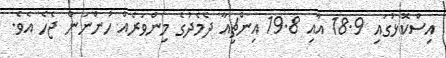
އިސްކޮޅުގައި 18.9 އާއި 19.8 އިންޗިއާ ދެމެދުގެ މިންވަރެއް ހުންނަން ޖެހެ އެވެ.